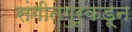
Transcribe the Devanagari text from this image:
संगीतगुरूंकडून